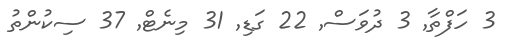
3 ހަފްތާ